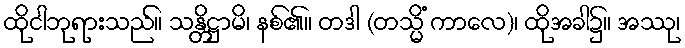
ထိုငါဘုရားသည်။ သန္တိဋ္ဌာမိ၊ နစ်၏။ တဒါ (တသ္မိံ ကာလေ)၊ ထိုအခါ၌။ အဿု၊